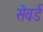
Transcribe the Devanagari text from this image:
सेवर्ड